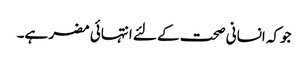
جوکہ انسانی صحت کے لئے انتہائی مضر ہے۔